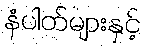
နံပါတ်များနှင့်